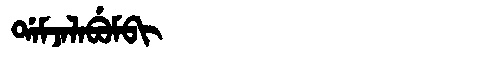
Manchu: ᡩᠠᠮᠵᠠᠯᠠᠪᡠᠮᠪᡳ
Romanization: DAMJALABUMBI